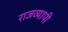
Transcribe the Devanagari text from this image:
राजव्यापी